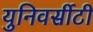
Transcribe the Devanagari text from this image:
युनिवर्सीटी